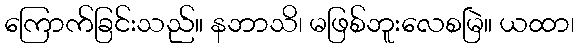
ကြောက်ခြင်းသည်။ နဘာသိ၊ မဖြစ်ဘူးလေစမြဲ။ ယထာ၊